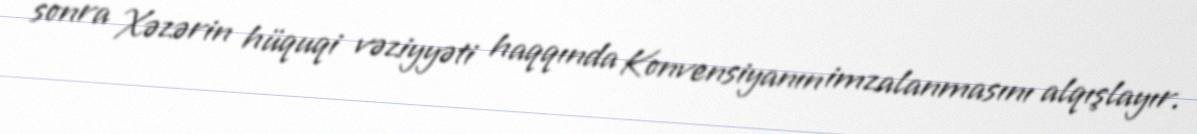
sonra Xəzərin hüquqi vəziyyəti haqqında Konvensiyanın imzalanmasını alqışlayır.